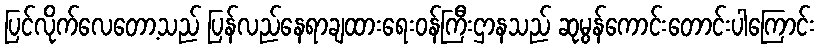
ပြင်လိုက်လေတော့သည် ပြန်လည်နေရာချထားရေးဝန်ကြီးဌာနသည် ဆုမွန်ကောင်းတောင်းပါကြောင်း